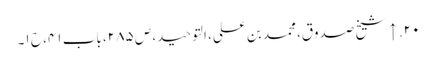
۲۰. ↑ شیخ صدوق، محمد بن علی، التوحید، ص ۲۸۵، باب ۴۱، ح ۱۔